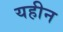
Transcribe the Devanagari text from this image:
यहीन